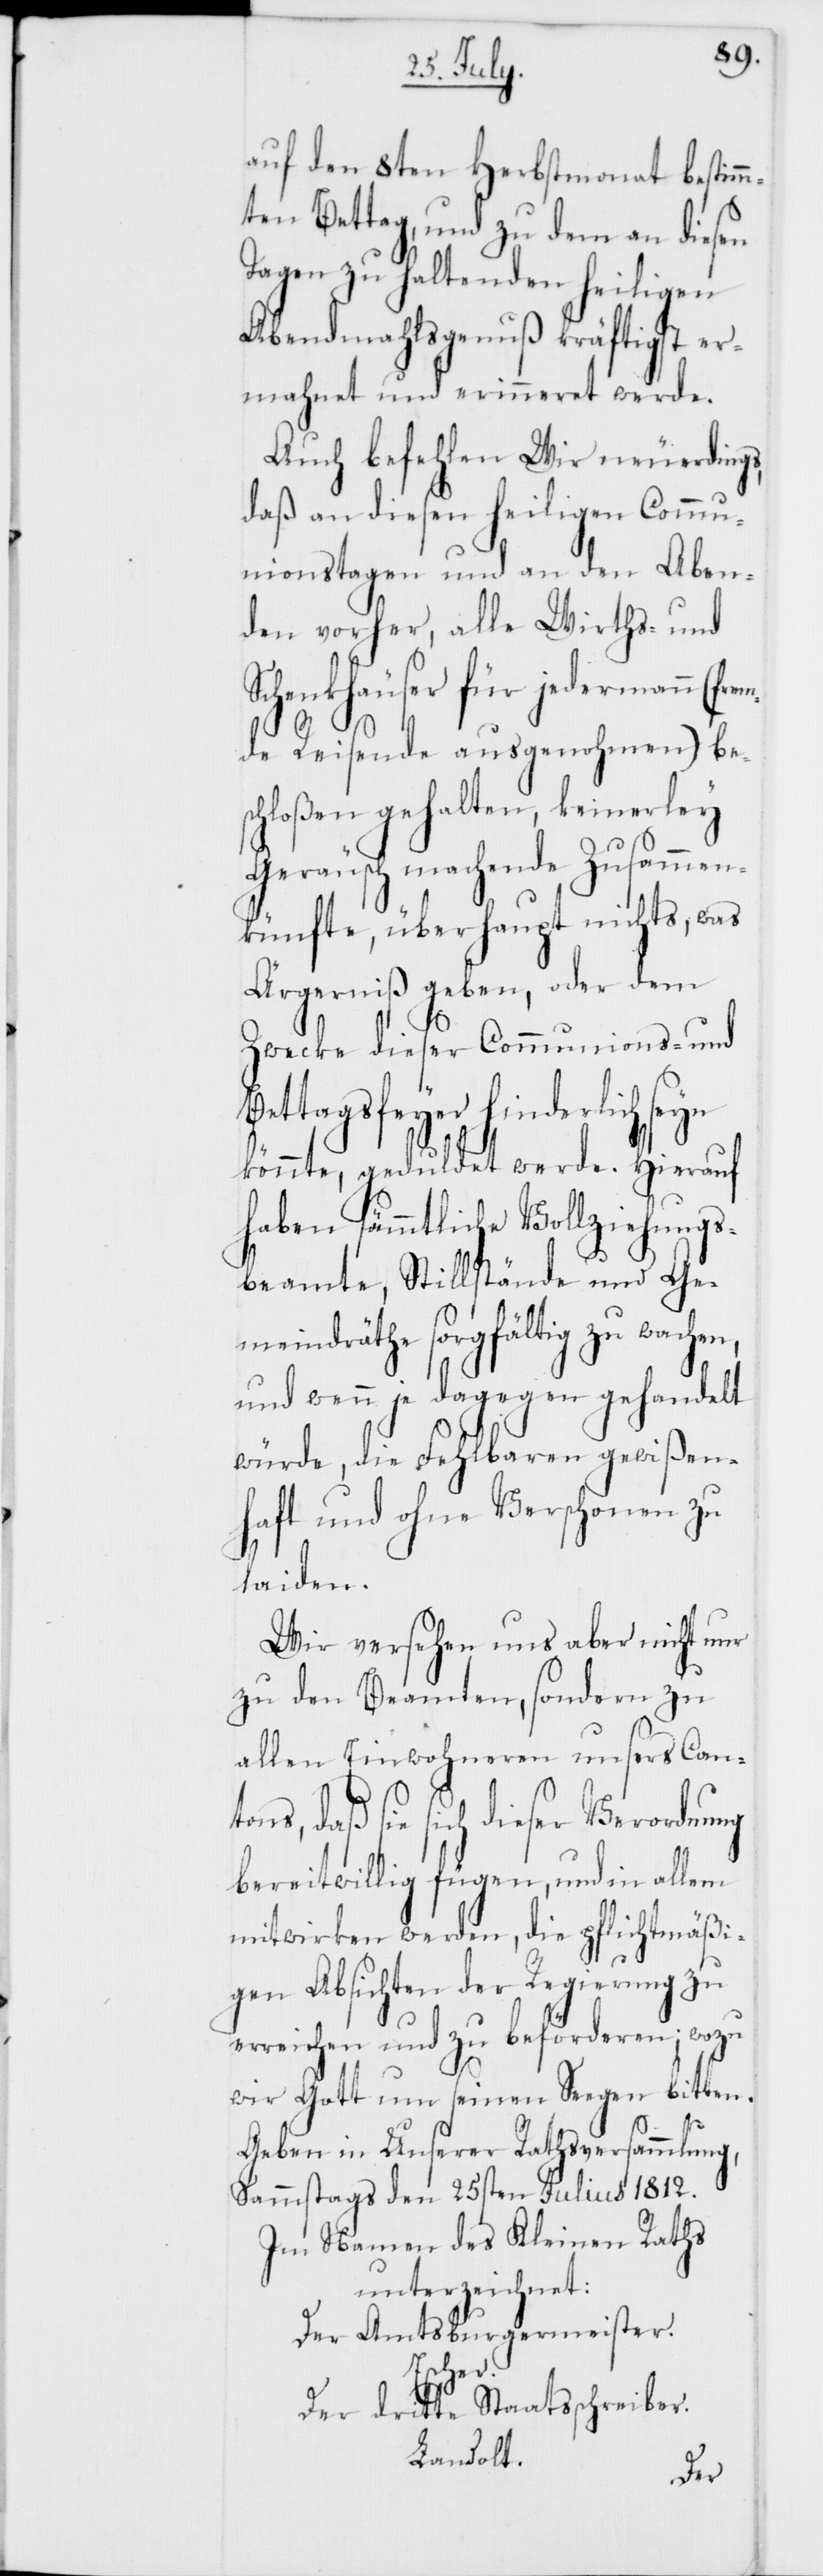
auf den 8ten Herbstmonat bestim¬
mten Bettag, und zu dem an diesen
Tagen zu haltenden heiligen
Abendmahlsgenuß kräftigst er¬
mahnet und erinneret werde.
Auch befehlen Wir neuerdings,
daß an diesen heiligen Commu¬
nionstagen und an den Aben¬
den vorher, alle Wirths- und
Schenkhäuser für jedermann
de Reisende ausgenohmen) bes¬
chloßen gehalten, keinerley
Geräusch machende Zusammen¬
künfte, überhaupt nichts, was
Ärgerniß geben, oder dem
Zwecke dieser Communions- und
Bettagsfeyer hinderlich seyn
könnte, geduldet werde. Hierauf
haben sämmtliche Vollziehungs¬
beamte, Stillstände und Ge¬
meindräthe sorgfältig zu wachen,
und wenn je dagegen gehandelt
würde, die Fehlbaren gewißen¬
haft und ohne Verschonen zu
laiden.
Wir versehen uns aber nicht nur
zu den Beamten, sondern zu
allen Einwohneren unsers Can¬
tons, daß sie sich dieser Verordnung
bereitwillig fügen, und in allem
mitwirken werden, die pflichtmäßi¬
gen Absichten der Regierung zu
erreichen und zu beförderen; wozu
wir Gott um seinen Segen bitten.
Geben in Unserer Rathsversammlung,
Samstags den 25sten Julius 1812.
Im Namen des Kleinen Raths
unterzeichnet:
Der Amtsburgermeister.
Escher.
Der dritte Staatsschreiber.
Landolt.